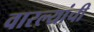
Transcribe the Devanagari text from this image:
वारल्यांची